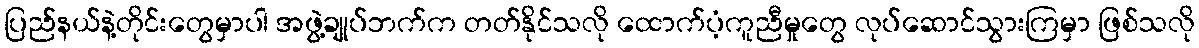
ပြည်နယ်နဲ့တိုင်းတွေမှာပါ အဖွဲ့ချုပ်ဘက်က တတ်နိုင်သလို ထောက်ပံ့ကူညီမှုတွေ လုပ်ဆောင်သွားကြမှာ ဖြစ်သလို